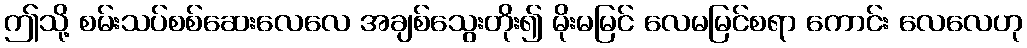
ဤသို့ စမ်းသပ်စစ်ဆေးလေလေ အချစ်သွေးတိုး၍ မိုးမမြင် လေမမြင်စရာ ကောင်း လေလေဟု